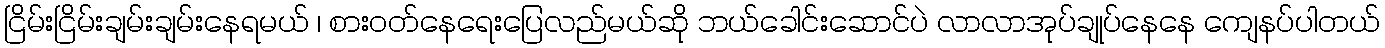
ငြိမ်းငြိမ်းချမ်းချမ်းနေရမယ် ၊ စားဝတ်နေရေးပြေလည်မယ်ဆို ဘယ်ခေါင်းဆောင်ပဲ လာလာအုပ်ချုပ်နေနေ ကျေနပ်ပါတယ်